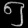
Digit: ၅